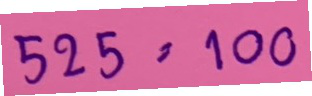
525 = 100